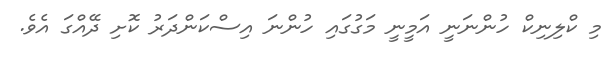
މި ކްލިނިކް ހުންނަނީ އަމީނީ މަގުގައި ހުންނަ އިސްކަންދަރު ކޮށި ދޭއްގަ އެވެ.